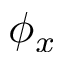
\phi _ { x }